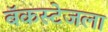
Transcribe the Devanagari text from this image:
बॅकस्टेजला